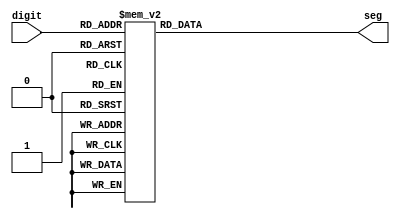
// 7-    
// 1  , 0   .
// 8     (dp)      1 .
module seven_segment(input [3:0] digit, output reg [7:0] seg);
    always @(*) begin
        case (digit)
            4'b0000: seg = 8'b11000000; // 0
            4'b0001: seg = 8'b11111001; // 1
            4'b0010: seg = 8'b10100100; // 2
            4'b0011: seg = 8'b10110000; // 3
            4'b0100: seg = 8'b10011001; // 4
            4'b0101: seg = 8'b10010010; // 5
            4'b0110: seg = 8'b10000010; // 6
            4'b0111: seg = 8'b11111000; // 7
            4'b1000: seg = 8'b10000000; // 8
            4'b1001: seg = 8'b10010000; // 9
            default: seg = 8'b11111111; //        off
        endcase
    end
endmodule